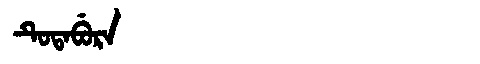
Manchu: ᡨᡠᡨᠠᠪᡠᡵᠠ
Romanization: TUTABURA